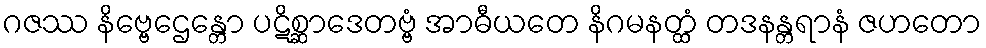
ဂဇဿ နိဗ္ဗေဌေန္တော ပဋိစ္ဆာဒေတဗ္ဗံ အာဓီယတေ နိဂမနတ္ထံ တဒနန္တရာနံ ဇဟတော